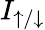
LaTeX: I_{\uparrow/\downarrow}